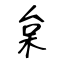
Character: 枲